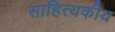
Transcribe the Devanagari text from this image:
साहित्यकीय